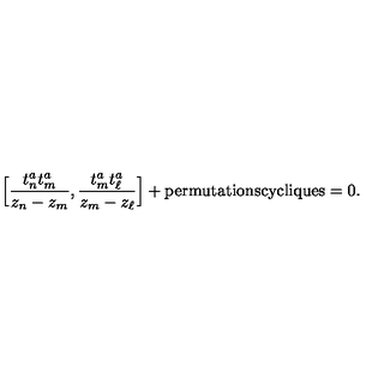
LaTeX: \Big [ \frac { t _ { n } ^ { a } t _ { m } ^ { a } } { z _ { n } - z _ { m } } , \frac { t _ { m } ^ { a } t _ { \ell } ^ { a } } { z _ { m } - z _ { \ell } } \Big ] + \mathrm { p e r m u t a t i o n s c y c l i q u e s } = 0 .